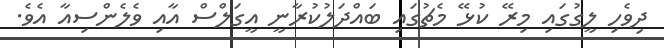
ދިވެހި ލީގުގައި މިރޭ ކުޅޭ މެޗުގައި ބައްދަލުކުރާނީ އީގަލްސް އާއި ވެލެންސިއާ އެވެ.